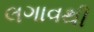
લગાવથી